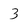
Character: 3